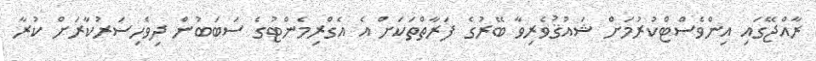
ރާއްޖޭގައި އިންވެސްޓްކުރުމަށް ޝައުޤުވެރިވާ ބޭރުގެ ފަރާތްތަކަށް އެ އެގްރިމެންޓުގެ ސަބަބުން ދިވެހިސަރުކާރަށް ކުރާ